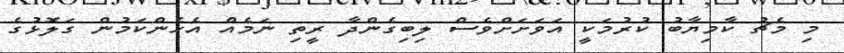
މި މެޗު ކާމިޔާބު ކުރުމަކީ އަވަށަށްވެސް ލިބިގެންދާ ރީތި ނަމެއް އެހެންކަމުން ގަލޮޅުގެ